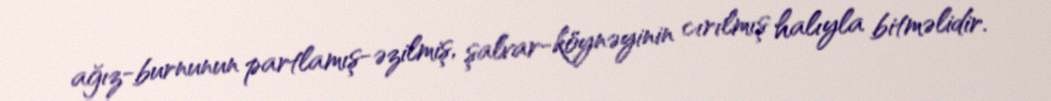
ağız-burnunun partlamış-əzilmiş, şalvar-köynəyinin cırılmış halıyla bitməlidir.